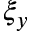
\xi _ { y }